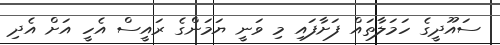
ސައޫދީގެ ހަމަލާތައް ފަށާފައި މި ވަނީ ޔަމަންގެ ރައީސް އެހީ އަށް އެދި